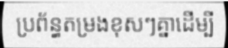
ប្រព័ន្ធតម្រងខុសៗគ្នាដើម្បី